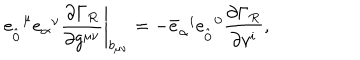
e _ { \hat { 0 } } ^ { \; \; \mu } e _ { \alpha } ^ { \; \; \nu } \left. \frac { \partial \Gamma _ { R } } { \partial g ^ { \mu \nu } } \right| _ { b _ { \mu \nu } } = - { \bar { e } } _ { \alpha } ^ { \; \; i } { e } _ { \hat { 0 } } ^ { \; \; 0 } \frac { \partial \Gamma _ { R } } { \partial v ^ { i } } ,